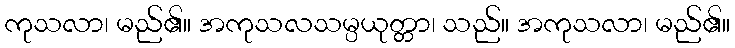
ကုသလာ၊ မည်၏။ အကုသလသမ္ပယုတ္တာ၊ သည်။ အကုသလာ၊ မည်၏။